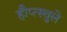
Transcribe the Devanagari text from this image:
हौप्त्स्चुले